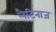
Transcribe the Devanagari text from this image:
लैटिनाज